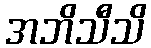
အဘိသီသိ